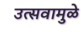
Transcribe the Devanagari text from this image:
उत्सवामुळे